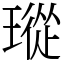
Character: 瑽